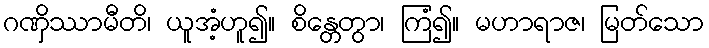
ဂဏှိဿာမီတိ၊ ယူအံ့ဟူ၍။ စိန္တေတွာ၊ ကြံ၍။ မဟာရာဇ၊ မြတ်သော